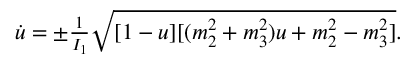
\begin{array} { r } { \dot { u } = \pm \frac { 1 } { I _ { 1 } } \sqrt { [ 1 - u ] [ ( m _ { 2 } ^ { 2 } + m _ { 3 } ^ { 2 } ) u + m _ { 2 } ^ { 2 } - m _ { 3 } ^ { 2 } ] } . } \end{array}